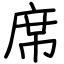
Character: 席